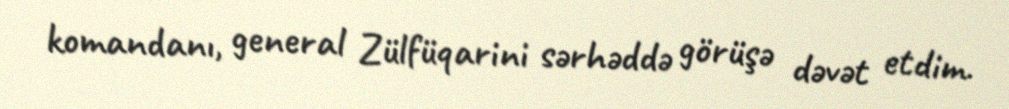
komandanı, general Zülfüqarini sərhəddə görüşə dəvət etdim.